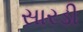
સારડી